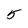
Character: 5